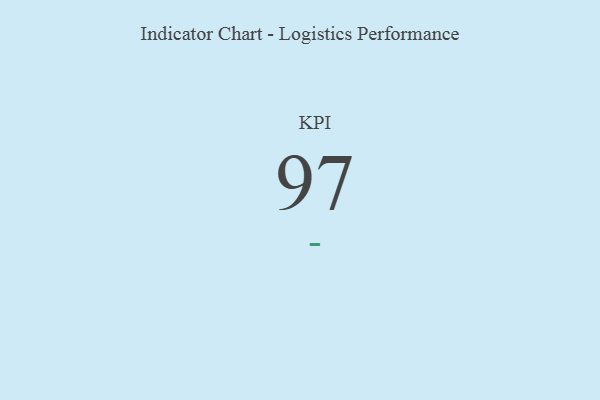
{"axis": {"x": "KPI", "y": "Value"}, "legend": [""], "data": [{"x": "KPI", "y": 97, "type": ""}]}